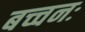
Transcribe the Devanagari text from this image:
बच्चनः